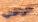
الراقي